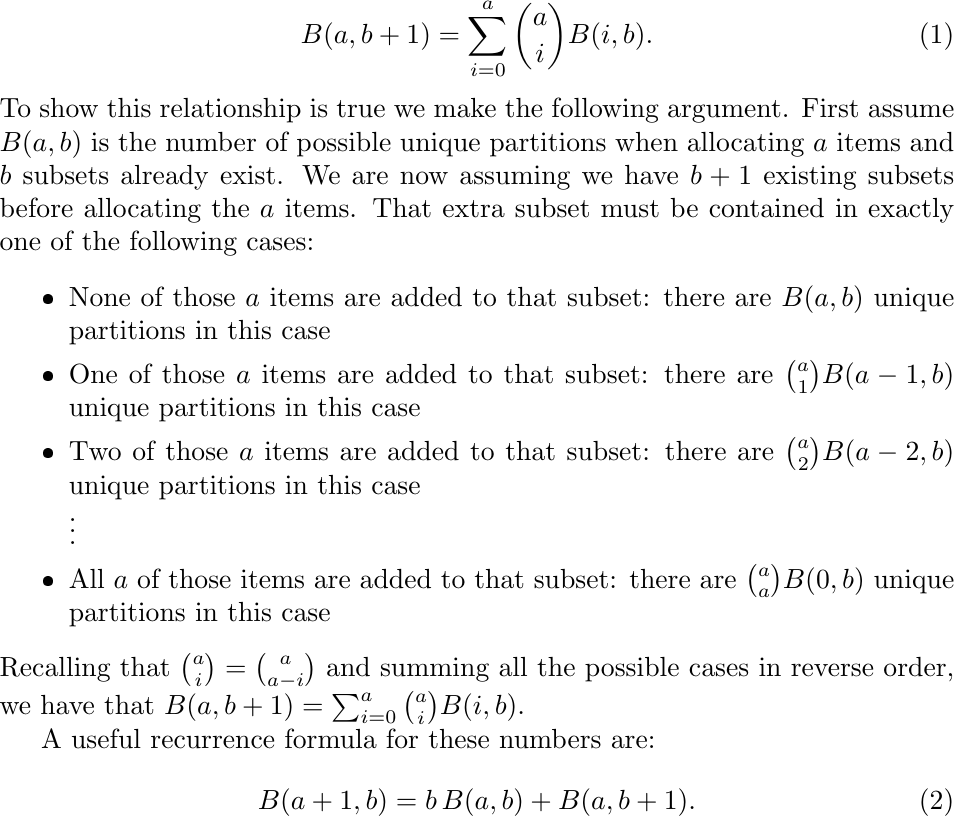
\begin{equation} B(a,b+1) = \sum_{i=0}^{a} \genfrac(){0pt}{0}{a}{i} B(i,b). \end{equation}
To show this relationship is true we make the following argument.  First assume $B(a,b)$ is the
number of possible unique partitions when allocating $a$ items and $b$ subsets already exist.
We are now assuming we have $b+1$ existing subsets before allocating the $a$ items.  That extra subset must be contained in
exactly one of the following cases:
\begin{itemize}
\itemsep0em
\item None of those $a$ items are added to that subset: there are $B(a,b)$ unique partitions in
this case
\item One of those $a$ items are added to that subset: there are
$\genfrac(){0pt}{1}{a}{1} B(a-1,b)$ unique partitions in this case
\item Two of those $a$ items are added to that subset: there are
$\genfrac(){0pt}{1}{a}{2} B(a-2,b)$ unique partitions in this case \\
\vdots
\item All $a$ of those items are added to that subset: there are
$\genfrac(){0pt}{1}{a}{a} B(0,b)$ unique partitions in this case
\end{itemize}
Recalling that $\genfrac(){0pt}{1}{a}{i} = \genfrac(){0pt}{1}{a}{a-i}$ and summing all the
possible cases in reverse order, we have that
$B(a,b+1) = \sum_{i=0}^{a} \genfrac(){0pt}{1}{a}{i} B(i,b)$.

A useful recurrence formula for these numbers are:
\begin{equation}\label{EQ:eBellRecur} B(a+1,b) = b \, B(a,b) + B(a,b+1). \end{equation}